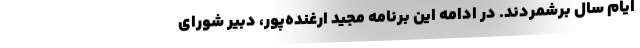
ایام سال برشمردند. در ادامه این برنامه مجید ارغنده‌پور، دبیر شورای